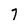
Character: 7